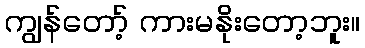
ကျွန်တော့် ကားမနိုးတော့ဘူး။